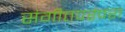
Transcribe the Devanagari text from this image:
संगीतपरंपरा